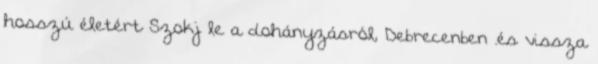
hosszú életért Szokj le a dohányzásról, Debrecenben .és vissza